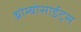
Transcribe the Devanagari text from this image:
थ्रोम्बोसाईट्स